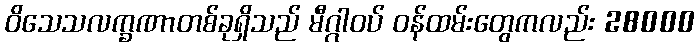
ဝိသေသလက္ခဏာတစ်ခုရှိသည် မီဂ္ဂါဝပ် ဝန်ထမ်းတွေကလည်း 28000